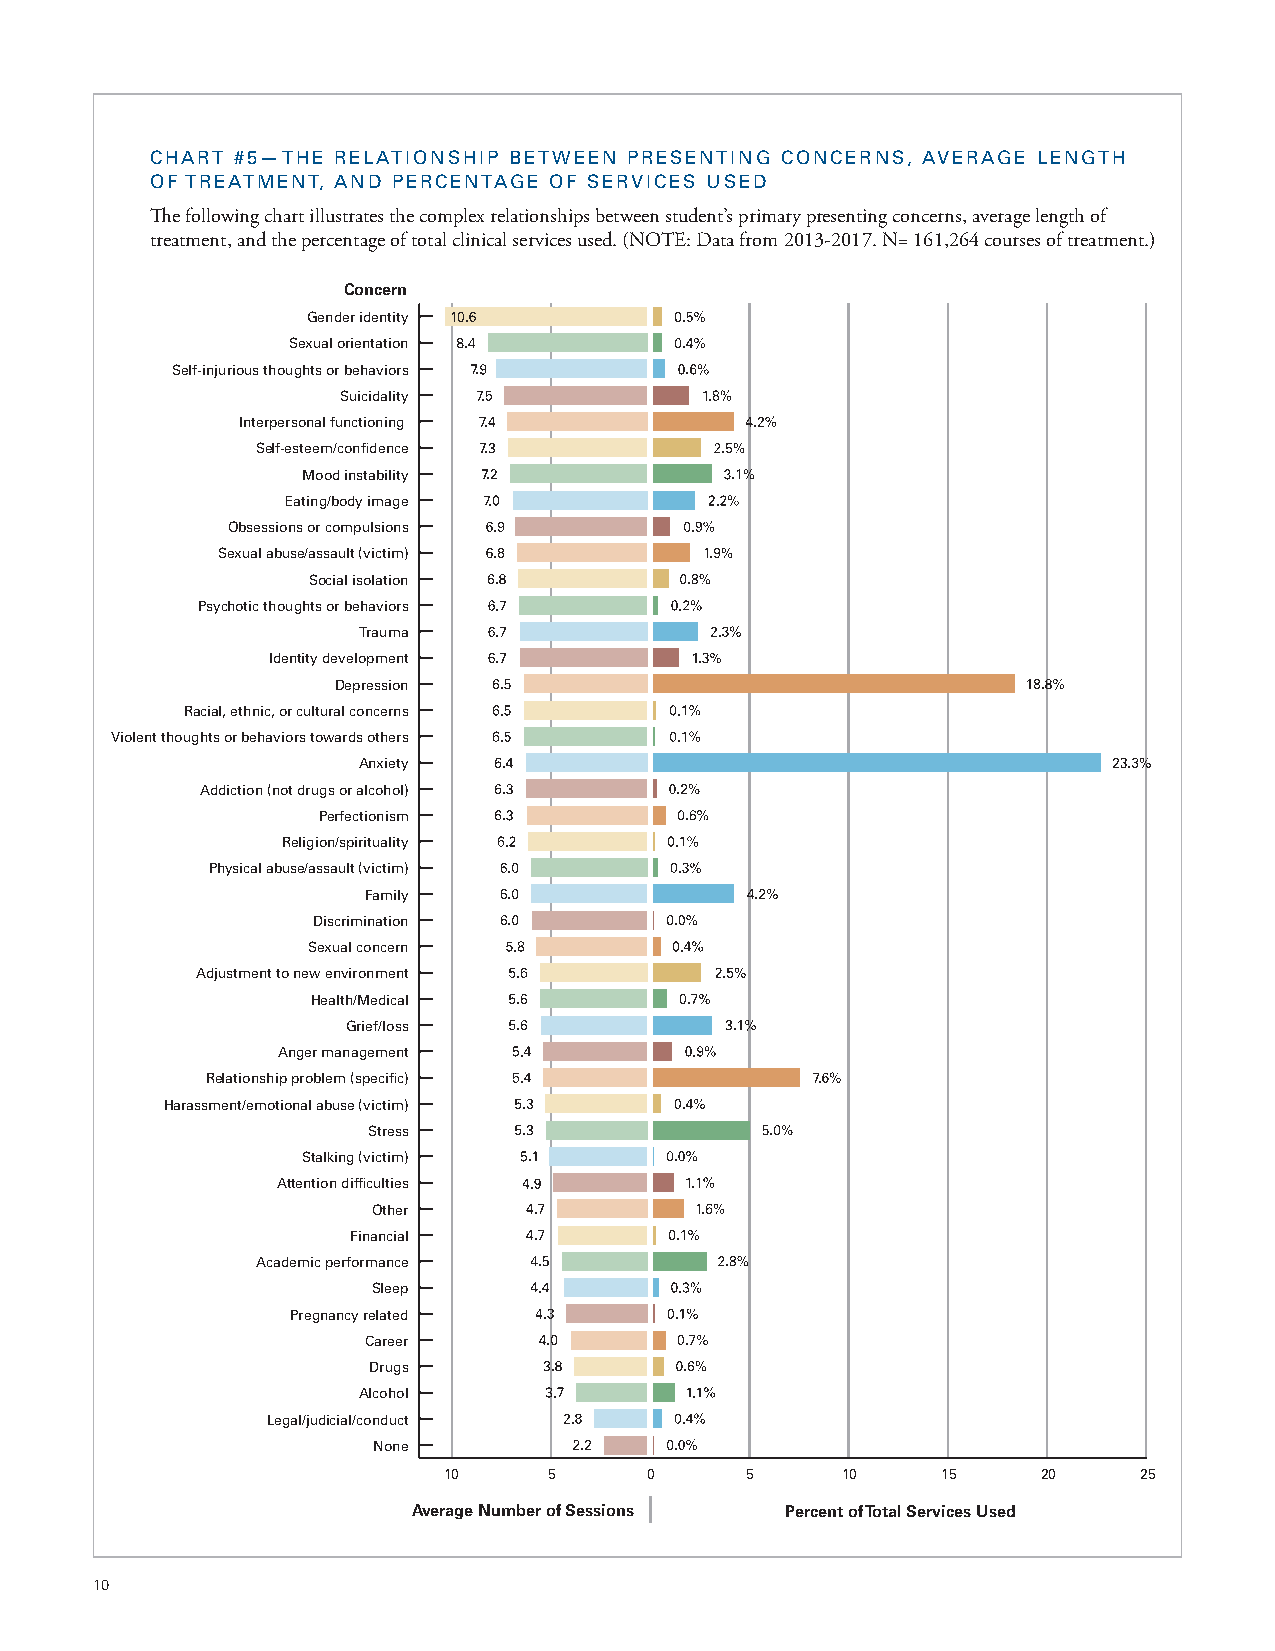
CHART #5—THE RELATIONSHIP BETWEEN PRESENTING CONCERNS, AVERAGE LENGTH
 OF TREATMENT, AND PERCENTAGE OF SERVICES USED
 The following chart illustrates the complex relationships between student’s primary presenting concerns, average length of
 treatment, and the percentage of total clinical services used. (NOTE: Data from 2013-2017. N= 161,264 courses of treatment.)
 Concern
 Gender identity
 Sexual orientation
 Self-injurious thoughts or behaviors
 Suicidality
 Interpersonal functioning
 Self-esteem/confidence
 Mood instability
 Eating/body image
 Obsessions or compulsions
 Sexual abuse/assault (victim)
 Social isolation
 Psychotic thoughts or behaviors
 Trauma
 Identity development
 Depression
 Racial, ethnic, or cultural concerns
 Violent thoughts or behaviors towards others
 Anxiety
 Addiction (not drugs or alcohol)
 Perfectionism
 Religion/spirituality
 Physical abuse/assault (victim)
 Family
 Discrimination
 Sexual concern
 Adjustment to new environment
 Health/Medical
 Grief/loss
 Anger management
 Relationship problem (specific)
 Harassment/emotional abuse (victim)
 Stress
 Stalking (victim)
 Attention difficulties
 Other
 Financial
 Academic performance
 Sleep
 Pregnancy related
 Career
 Drugs
 Alcohol
 Legal/judicial/conduct
 None
 10     5      0     5      10    15     20    25
 |
 Average Number of Sessions Percent of Total Services Used
 10